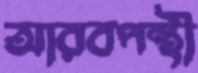
আরবপন্থী